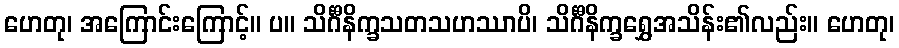
ဟေတု၊ အကြောင်းကြောင့်။ ပ။ သိင်္ဂီနိက္ခသတသဟဿာပိ၊ သိင်္ဂီနိက္ခရွှေအသိန်း၏လည်း။ ဟေတု၊